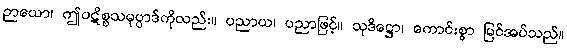
ဉာယော၊ ဤပဋိစ္စသမုပ္ပာဒ်ကိုလည်း။ ပညာယ၊ ပညာဖြင့်။ သုဒိဋ္ဌော၊ ကောင်းစွာ မြင်အပ်သည်။